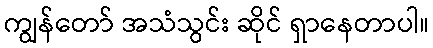
ကျွန်တော် အသံသွင်း ဆိုင် ရှာနေတာပါ။